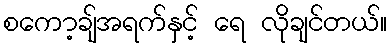
စကော့ချ်အရက်နှင့် ရေ လိုချင်တယ်။